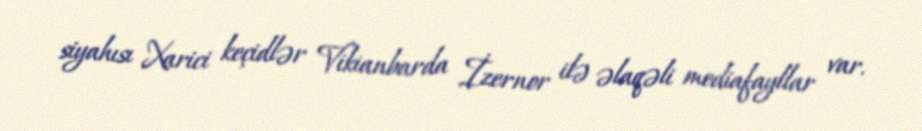
siyahısı Xarici keçidlər Vikianbarda İzernor ilə əlaqəli mediafayllar var.